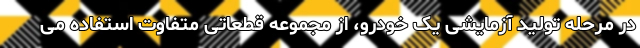
در مرحله تولید آزمایشی یک خودرو، از مجموعه قطعاتی متفاوت استفاده می